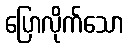
ပြောလိုက်သော